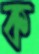
ক